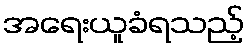
အရေးယူခံရသည့်